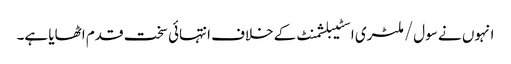
انہوں نے سول/ملٹری اسٹیبلشمنٹ کے خلاف انتہائی سخت قدم اٹھایا ہے۔